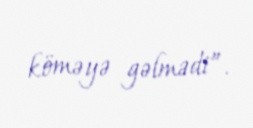
köməyə gəlmədi”.